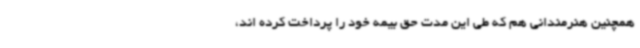
همچنین هنرمندانی هم که طی این مدت حق بیمه خود را پرداخت کرده اند،